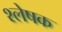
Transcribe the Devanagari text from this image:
श्लेषक